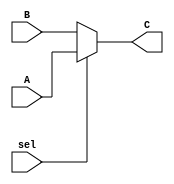
`timescale 1ns / 1ps
//////////////////////////////////////////////////////////////////////////////////
// Company: 
// Engineer: 
// 
// Design Name: 
// Module Name: mux_2x1
// Project Name: 
// Target Devices: 
// Tool Versions: 
// Description: 
// 
// Dependencies: 
// 
// Revision:
// Revision 0.01 - File Created
// Additional Comments:
// 
//////////////////////////////////////////////////////////////////////////////////


module mux_2x1(
    input [5:0] A,
    input [5:0] B,
    input sel,
    output  [5:0] C
    );
       
    assign C=(sel)? A:B; 
//    always@(*)begin
//     case(sel)
//        1'b0:C=A;
//        1'b1:C=B;
//     endcase
//    end
     
endmodule